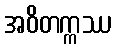
အဝိတက္ကဿ